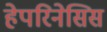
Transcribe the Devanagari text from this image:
हेपरिनेसिस